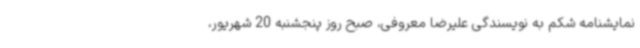
نمایشنامه شکم به نویسندگی علیرضا معروفی، صبح روز پنجشنبه 20 شهریور،